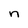
Character: n